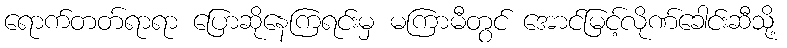
ရောက်တတ်ရာရာ ပြောဆိုနေကြရင်းမှ မကြာမီတွင် အောင်မြင့်လိုဏ်ခေါင်းဆီသို့